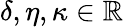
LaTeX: \delta,\eta,\kappa\in\mathbb{R}